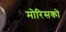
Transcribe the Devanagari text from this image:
मोरिसको